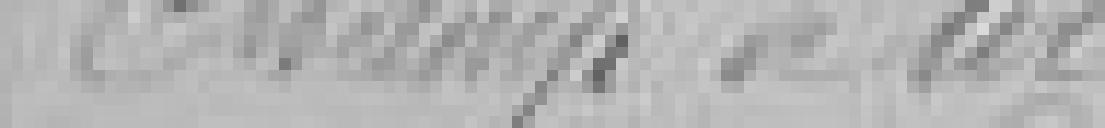
Champ de tir